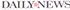
DAILYNEWS